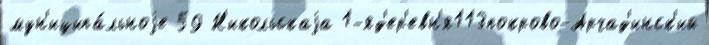
мун'иципа́льноjе 59 Н'икольскаjа 1-яд'ер'евн'я113покрово-Арчад'инск'ий